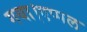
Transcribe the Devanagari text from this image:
गया।एप्पल